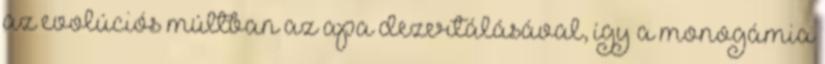
az evolúciós múltban az apa dezertálásával, így a monogámia